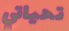
تحياتي